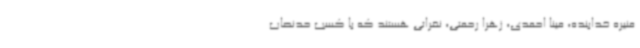
منیره خدابنده، مینا احمدی، زهرا رحمتی، نفراتی هستند که با کسب حدنصاب